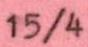
15/4